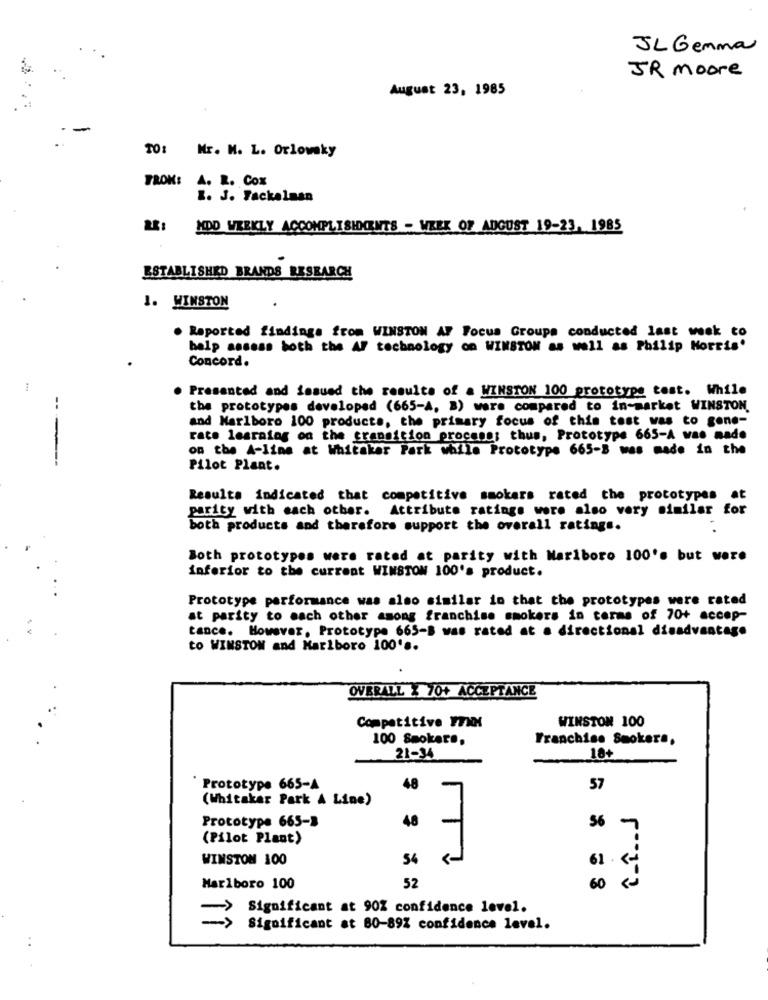
JL Gemma
JR moore
August 23, 1985
TO: Mr. M. L. Orlowsky
FROM: A. R. Cox
1. J. Fackelnan
RE: MDD WEEKLY ACCOMPLISHMENTS - WEEK OF AUGUST 19-23, 1985
ESTABLISHED BRANDS RESEARCH
1. WINSTON
. Reported findings from WINSTON AF Focus Groups conducted last week to
balp assess both the AF technology on WINSTON as well as Philip Morris'
Concord.
. Presented and issued the results of a WINSTON 100 prototype test. While
the prototypes developed (665-4, 3) were compared to in-market WINSTON.
and Marlboro 100 products, the primary focus of this test was to gone-
rate lesraiog on the transition proceso; thus, Prototype 665-A was made
on the A-line at Whitaker Park whille Prototype 665-8 was made in the
---
Pilot Plant.
Results indicated that competitive smokers rated the prototypes at
parity with each other. Attribute ratings were also very similar for
both products and therefore support the overall ratings.
Both prototypes were rated at parity with Marlboro 100's but were
inferior to the current WINSTON 100's product.
Prototype performance was also similar in that the prototypes were rated
st parity to each other asong franchise smokers in terms of 70+ accep-
tance. However, Prototype 665-B was rated at a directional disadvantage
to WINSTON and Marlboro 100's.
OVERALL X 70+ ACCEPTANCE
Competitive FTXX
WINSTON 100
100 Smokers,
Franchise Smokers,
21-34
18+
Prototype 665-A
48
57
(Whitaker Park A Line)
Prototype 665-3
48
-
S6
(Pilot Plant)
WINSTON 100
54
61
52
Marlboro 100
60
Significant at 90% confidence level.
Significant at 80-89% confidence level.
..